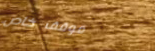
موقف خاص